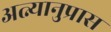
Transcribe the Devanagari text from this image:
अत्न्यानुप्रास